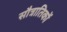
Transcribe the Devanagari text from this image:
सौत्रातिकों